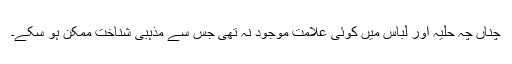
چناں چہ حلیہ اور لباس میں کوئی علامت موجود نہ تھی جس سے مذہبی شناخت ممکن ہو سکے۔